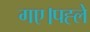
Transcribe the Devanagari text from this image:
गए।पह्ले